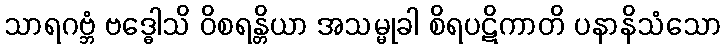
သာရဂဗ္ဘံ ဗဒ္ဓေါသိ ဝိစရန္တိယာ အသမ္မုခါ စိရပဋိကာတိ ပနာနိသံသော